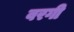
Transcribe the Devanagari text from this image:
वरगी